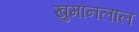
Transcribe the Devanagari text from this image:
खुमानलाल